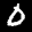
Label: 0